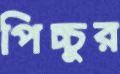
পিচ্চুর